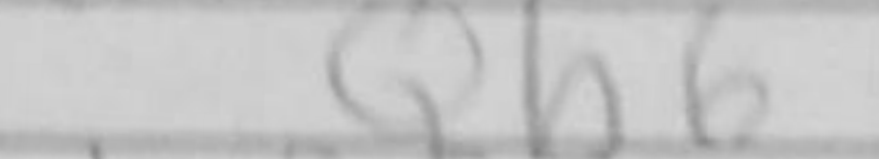
Transcription: Qb6